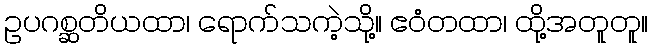
ဥပဂစ္ဆတိယထာ၊ ရောက်သကဲ့သို့။ ဧဝံတထာ၊ ထို့အတူတူ။